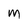
Character: m